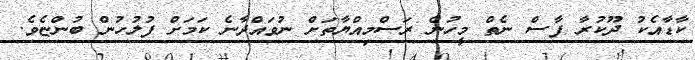
ކާޑާއެކު ދޫކުރާ ފާސް ނެތް މީހުން ރަސްމިއްޔާތަށް ނުވައްދާނެ ކަމަށް ފުލުހުން ބުންޏެވެ.